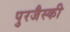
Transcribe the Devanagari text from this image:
पुरजैस्की